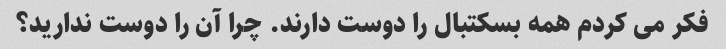
فکر می کردم همه بسکتبال را دوست دارند. چرا آن را دوست ندارید؟